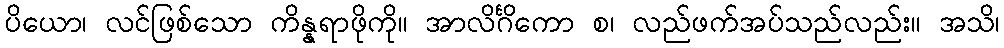
ပိယော၊ လင်ဖြစ်သော ကိန္နရာဖိုကို။ အာလိင်္ဂိကော စ၊ လည်ဖက်အပ်သည်လည်း။ အသိ၊